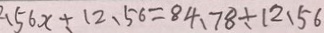
2 . 5 6 x + 1 2 . 5 6 = 8 4 . 7 8 \div 1 2 . 5 6